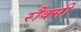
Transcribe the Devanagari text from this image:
रौक्सी